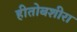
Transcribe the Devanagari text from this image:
हीतोबशीरा